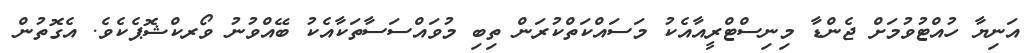
އަނިޔާ ހުއްޓުވުމަށް ޖެންޑާ މިނިސްޓްރީއާއެކު މަސައްކަތްކުރަން ތިބި މުވައްސަސާތަކާއެކު ބޭއްވުނު ވޯރކްޝޮޕެކެވެ. އެގޮތުން